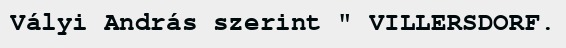
Vályi András szerint " VILLERSDORF.